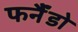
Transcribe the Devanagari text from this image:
फर्नैंडो